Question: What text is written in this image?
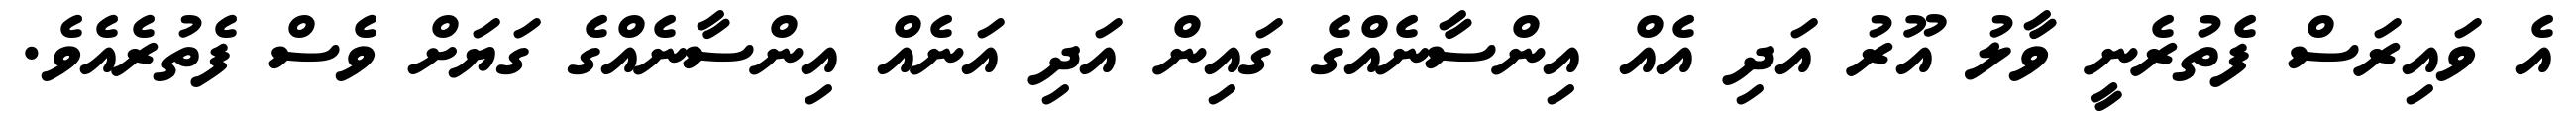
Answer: އެ ވައިރަސް ފެތުރެނީ ވާލު އޫރު އަދި އެއް އިންސާނެއްގެ ގައިން އަދި އަނެއް އިންސާނެއްގެ ގަޔަށް ވެސް ފެތުރެއެވެ.